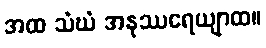
အထ သံဃံ အနုဿရေယျာထ။